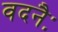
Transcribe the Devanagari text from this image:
वदनैः